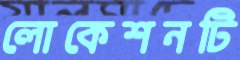
লোকেশনটি